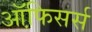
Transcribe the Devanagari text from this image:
ऑफि़सर्स